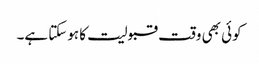
کوئی بھی وقت قبولیت کا ہوسکتا ہے۔